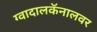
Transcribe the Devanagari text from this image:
ग्वादालकॅनालवर